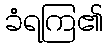
ခံရကြ၏